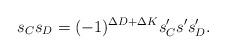
LaTeX: \begin{align*} s_C s_D = (-1)^{\Delta D+ \Delta K} s_C's 's_D'. \end{align*}